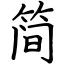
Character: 简